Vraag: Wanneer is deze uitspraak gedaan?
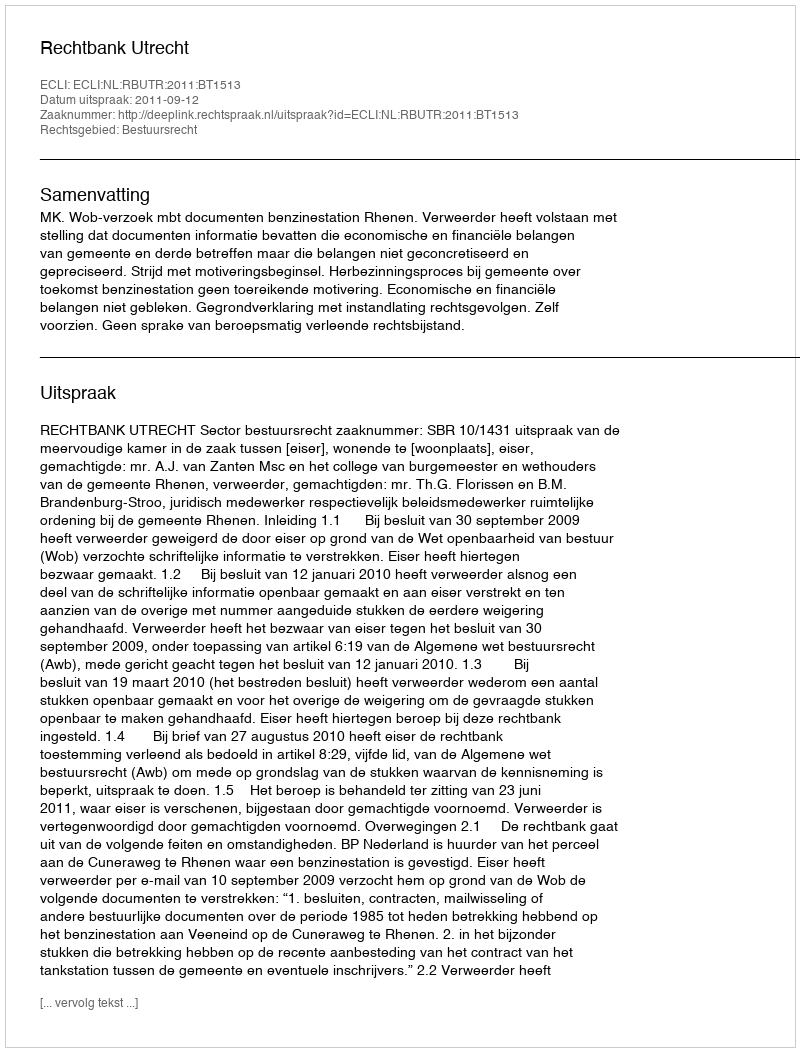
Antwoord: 2011-09-12